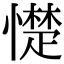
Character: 憷